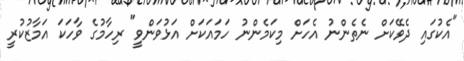
"އެކުގައި ދެވޭކަށް ނެތެންނު އެހަށް މިކަމެންނު ހަމައަކަށް އަޅުވަންވީ" ރިހާމުގެ ވާހަކަ އަމާޒުކުރީ